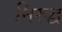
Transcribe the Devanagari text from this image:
निरुद्व